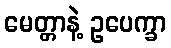
မေတ္တာနဲ့ ဥပေက္ခာ